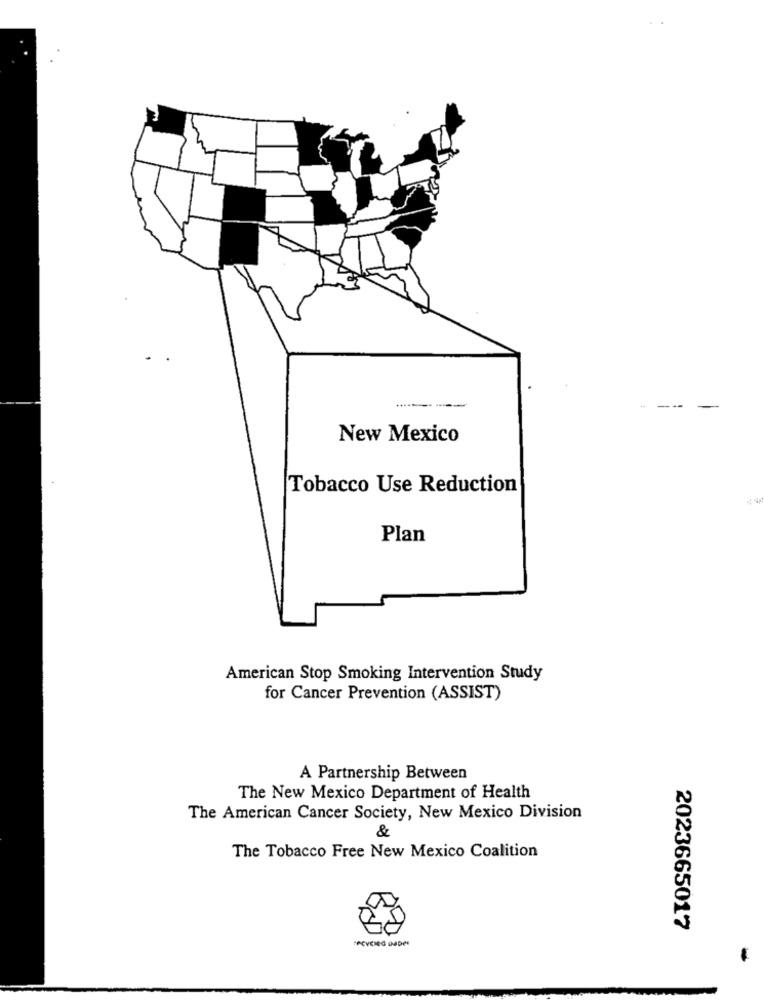
-
New Mexico
Tobacco Use Reduction
Plan
American Stop Smoking Intervention Study
for Cancer Prevention (ASSIST)
A Partnership Between
The New Mexico Department of Health
The American Cancer Society, New Mexico Division
&
The Tobacco Free New Mexico Coalition
2023665017